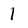
Character: 1